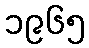
၁၉၆၅